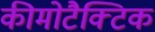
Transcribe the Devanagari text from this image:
कीमोटैक्टिक